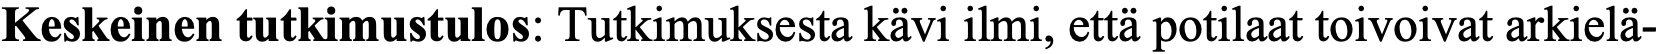
Keskeinen tutkimustulos: Tutkimuksesta kävi ilmi, että potilaat toivoivat arkielä-